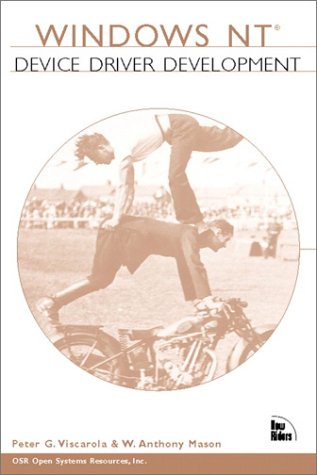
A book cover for Windows NT Device Driver Development; Peter G. Viscarola; Computers & Technology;